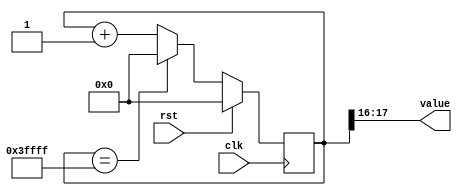
/*
   This file was generated automatically by the Mojo IDE version B1.3.6.
   Do not edit this file directly. Instead edit the original Lucid source.
   This is a temporary file and any changes made to it will be destroyed.
*/

/*
   Parameters:
     SIZE = 2
     DIV = FLIP
     TOP = 3
     UP = 1
*/
module counter_25 (
    input clk,
    input rst,
    output reg [1:0] value
  );
  
  localparam SIZE = 2'h2;
  localparam DIV = 5'h10;
  localparam TOP = 2'h3;
  localparam UP = 1'h1;
  
  
  reg [17:0] M_ctr_d, M_ctr_q = 1'h0;
  
  localparam MAX_VALUE = 18'h3ffff;
  
  always @* begin
    M_ctr_d = M_ctr_q;
    
    value = M_ctr_q[16+1-:2];
    if (1'h1) begin
      M_ctr_d = M_ctr_q + 1'h1;
      if (1'h1 && M_ctr_q == 18'h3ffff) begin
        M_ctr_d = 1'h0;
      end
    end else begin
      M_ctr_d = M_ctr_q - 1'h1;
      if (1'h1 && M_ctr_q == 1'h0) begin
        M_ctr_d = 18'h3ffff;
      end
    end
  end
  
  always @(posedge clk) begin
    if (rst == 1'b1) begin
      M_ctr_q <= 1'h0;
    end else begin
      M_ctr_q <= M_ctr_d;
    end
  end
  
endmodule